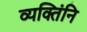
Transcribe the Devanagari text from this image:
व्यक्तिंनि